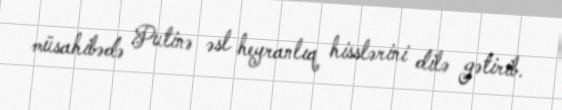
müsahibədə Putinə əsl heyranlıq hisslərini dilə gətirib.